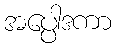
အပ္ပေါဒကာ